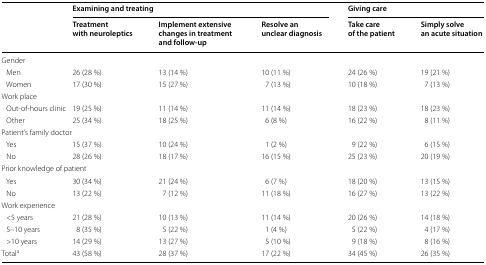
<table><thead><tr><td rowspan="2"></td><td colspan="3"><b>Examining and treating</b></td><td colspan="2"><b>Giving care</b></td></tr><tr><td><b>Treatment with neuroleptics</b></td><td><b>Implement extensive changes in treatment and follow-up</b></td><td><b>Resolve an unclear diagnosis</b></td><td><b>Take care of the patient</b></td><td><b>Simply solve an acute situation</b></td></tr></thead><tbody><tr><td colspan="6">Gender</td></tr><tr><td> Men</td><td>26 (28 %)</td><td>13 (14 %)</td><td>10 (11 %)</td><td>24 (26 %)</td><td>19 (21 %)</td></tr><tr><td> Women</td><td>17 (30 %)</td><td>15 (27 %)</td><td>7 (13 %)</td><td>10 (18 %)</td><td>7 (13 %)</td></tr><tr><td colspan="6">Work place</td></tr><tr><td> Out-of-hours clinic</td><td>19 (25 %)</td><td>11 (14 %)</td><td>11 (14 %)</td><td>18 (23 %)</td><td>18 (23 %)</td></tr><tr><td> Other</td><td>25 (34 %)</td><td>18 (25 %)</td><td>6 (8 %)</td><td>16 (22 %)</td><td>8 (11 %)</td></tr><tr><td colspan="6">Patient’s family doctor</td></tr><tr><td> Yes</td><td>15 (37 %)</td><td>10 (24 %)</td><td>1 (2 %)</td><td>9 (22 %)</td><td>6 (15 %)</td></tr><tr><td> No</td><td>28 (26 %)</td><td>18 (17 %)</td><td>16 (15 %)</td><td>25 (23 %)</td><td>20 (19 %)</td></tr><tr><td colspan="6">Prior knowledge of patient</td></tr><tr><td> Yes</td><td>30 (34 %)</td><td>21 (24 %)</td><td>6 (7 %)</td><td>18 (20 %)</td><td>13 (15 %)</td></tr><tr><td> No</td><td>13 (22 %)</td><td>7 (12 %)</td><td>11 (18 %)</td><td>16 (27 %)</td><td>13 (22 %)</td></tr><tr><td colspan="6">Work experience</td></tr><tr><td> &lt;5 years</td><td>21 (28 %)</td><td>10 (13 %)</td><td>11 (14 %)</td><td>20 (26 %)</td><td>14 (18 %)</td></tr><tr><td> 5–10 years</td><td>8 (35 %)</td><td>5 (22 %)</td><td>1 (4 %)</td><td>5 (22 %)</td><td>4 (17 %)</td></tr><tr><td> &gt;10 years</td><td>14 (29 %)</td><td>13 (27 %)</td><td>5 (10 %)</td><td>9 (18 %)</td><td>8 (16 %)</td></tr><tr><td>Total<sup>a</sup></td><td>43 (58 %)</td><td>28 (37 %)</td><td>17 (22 %)</td><td>34 (45 %)</td><td>26 (35 %)</td></tr></tbody></table>